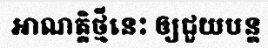
អាណត្តិថ្មីនេះ ឲ្យជួយបន្ត